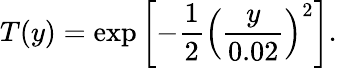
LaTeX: T(y)=\exp\left[-\frac{1}{2}\left(\frac{y}{0.02}\right)^{2}\right].